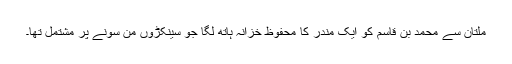
ملتان سے محمد بن قاسم کو ایک مندر کا محفوظ خزانہ ہاتھ لگا جو سینکڑوں من سونے پر مشتمل تھا۔